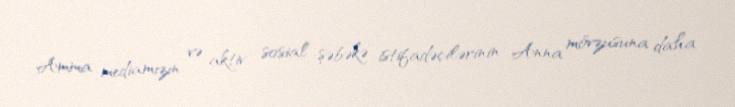
Amma mediamızın və aktiv sosial şəbəkə istifadəçilərinin Anna mövzusuna daha